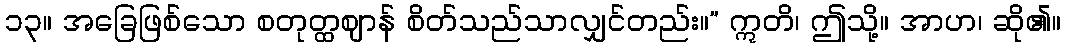
၁၃။ အခြေဖြစ်သော စတုတ္ထဈာန် စိတ်သည်သာလျှင်တည်း။” ဣတိ၊ ဤသို့။ အာဟ၊ ဆို၏။